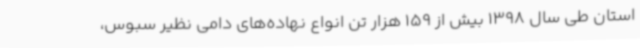
استان طی سال 1398 بیش از 159 هزار تن انواع نهاده‌های دامی نظیر سبوس،